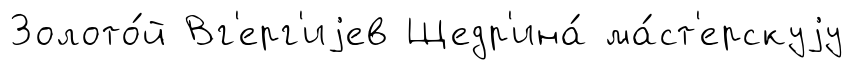
Золото́й Вг'ерг'иjев Щедр'ина́ ма́ст'ерскуjу